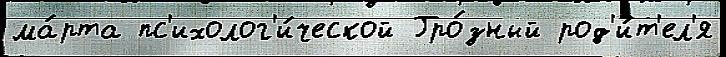
ма́рта пс'ихолог'и́ческой Гро́зный род'и́т'ел'я